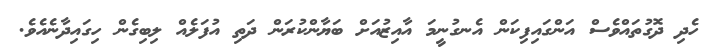
ހެދި ދޮގުތައްވެސް އަންގައިފިކަން އެނގުނީމަ އާއިޒުއަށް ބަޔާންކުރަން ދަތި އުފަލެއް ލިބިގެން ހިގައިދާނެއެވެ.